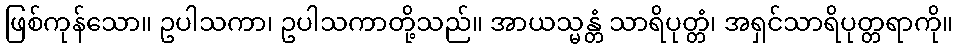
ဖြစ်ကုန်သော။ ဥပါသကာ၊ ဥပါသကာတို့သည်။ အာယသ္မန္တံ သာရိပုတ္တံ၊ အရှင်သာရိပုတ္တရာကို။